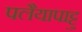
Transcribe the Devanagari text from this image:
पलैयापाट्टु